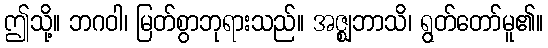
ဤသို့။ ဘဂဝါ၊ မြတ်စွာဘုရားသည်။ အဇ္ဈဘာသိ၊ ရွတ်တော်မူ၏။